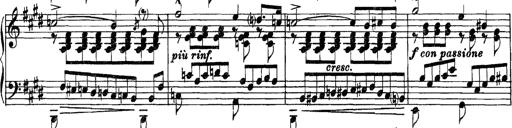
Title: Grandes Etudes
Composer: Franz Liszt